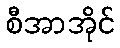
စီအာအိုင်